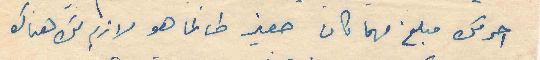
احرمك مبلغ مهما كان صغير طالما هو لازم لك هناك